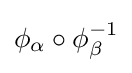
\phi _{\alpha }\circ \phi _{\beta }^{-1}